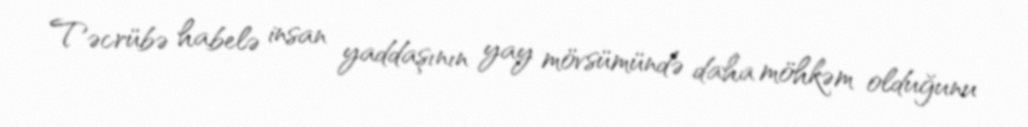
Təcrübə habelə insan yaddaşının yay mövsümündə daha möhkəm olduğunu